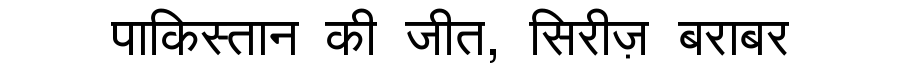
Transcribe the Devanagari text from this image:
पाकिस्तान की जीत, सिरीज़ बराबर